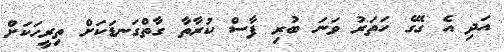
އަދި އެ ގޭގެ ހަތަރު ވަނަ ބުރި ފާސް ކުރާތާ ގާތްގަނޑަކަށް ތިރީހަކަށް